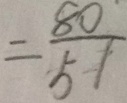
= \frac { 8 0 } { 5 1 }